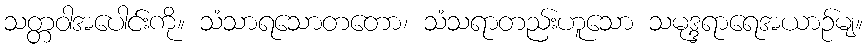
သတ္တဝါအပေါင်းကို။ သံသာရသောတတော၊ သံသရာတည်းဟူသော သမုဒ္ဒရာရေအယာဉ်မျ။